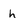
Character: h